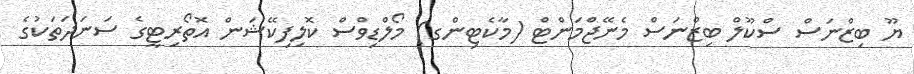
ޔޫ ބިޒްނަސް ސްކޫލް ބިޒްނަސް މެނޭޖްމަންޓް (މާކެޓިންގ) މޯލްޑިވްސް ކޮލިފިކޭޝަން އޮތޯރިޓީގެ ސަނަދަތަކުގެ